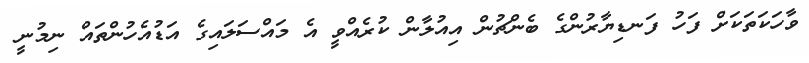
ވާހަކަތަކަށް ފަހު ފަނޑިޔާރުންގެ ބެންޗުން އިއުލާން ކުރެއްވީ އެ މައްސަލައިގެ އަޑުއެހުންތައް ނިމުނީ